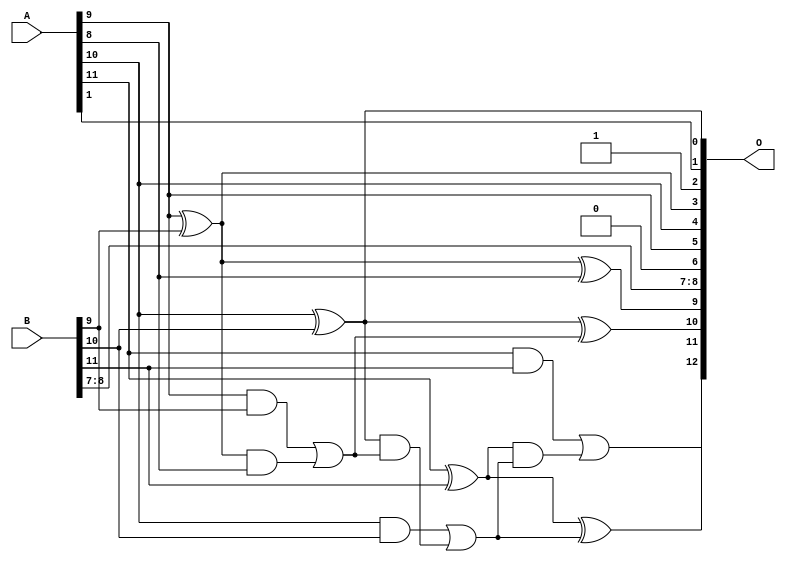
/***
* This code is a part of EvoApproxLib library (ehw.fit.vutbr.cz/approxlib) distributed under The MIT License.
* When used, please cite the following article(s): PRABAKARAN B. S., MRAZEK V., VASICEK Z., SEKANINA L., SHAFIQUE M. ApproxFPGAs: Embracing ASIC-based Approximate Arithmetic Components for FPGA-Based Systems. DAC 2020. 
***/
// MAE% = 1.62 %
// MAE = 133 
// WCE% = 4.59 %
// WCE = 376 
// WCRE% = 300.00 %
// EP% = 99.80 %
// MRE% = 4.53 %
// MSE = 24416 
// FPGA_POWER = 0.31
// FPGA_DELAY = 6.6
// FPGA_LUT = 4.0


module add12u_0AH(A, B, O);
  input [11:0] A, B;
  output [12:0] O;
  wire sig_67, sig_68, sig_70, sig_72, sig_73, sig_75;
  wire sig_76, sig_77, sig_78;
  assign O[2] = 1'b1;
  assign O[6] = 1'b0;
  assign O[3] = A[9] ^ B[9];
  assign sig_67 = A[9] & B[9];
  assign sig_68 = O[3] & A[8];
  assign O[9] = O[3] ^ A[8];
  assign sig_70 = sig_67 | sig_68;
  assign O[0] = A[10] ^ B[10];
  assign sig_72 = A[10] & B[10];
  assign sig_73 = O[0] & sig_70;
  assign O[10] = O[0] ^ sig_70;
  assign sig_75 = sig_72 | sig_73;
  assign sig_76 = A[11] ^ B[11];
  assign sig_77 = A[11] & B[11];
  assign sig_78 = sig_76 & sig_75;
  assign O[11] = sig_76 ^ sig_75;
  assign O[12] = sig_77 | sig_78;
  assign O[1] = A[1];
  assign O[4] = A[10];
  assign O[5] = A[9];
  assign O[7] = B[7];
  assign O[8] = B[8];
endmodule